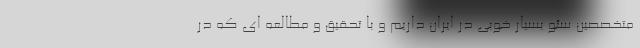
متخصصین سئو بسیار خوبی در ایران داریم و با تحقیق و مطالعه ای که در